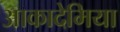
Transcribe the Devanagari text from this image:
आकादेमिया